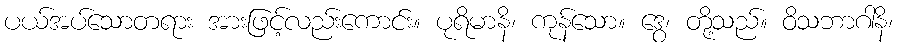
ပယ်အပ်သောတရား အားဖြင့်လည်းကောင်း။ ပုရိမာနိ၊ ကုန်သော။ ဒွေ၊ တို့သည်။ ဝိသဘာဂါနိ၊